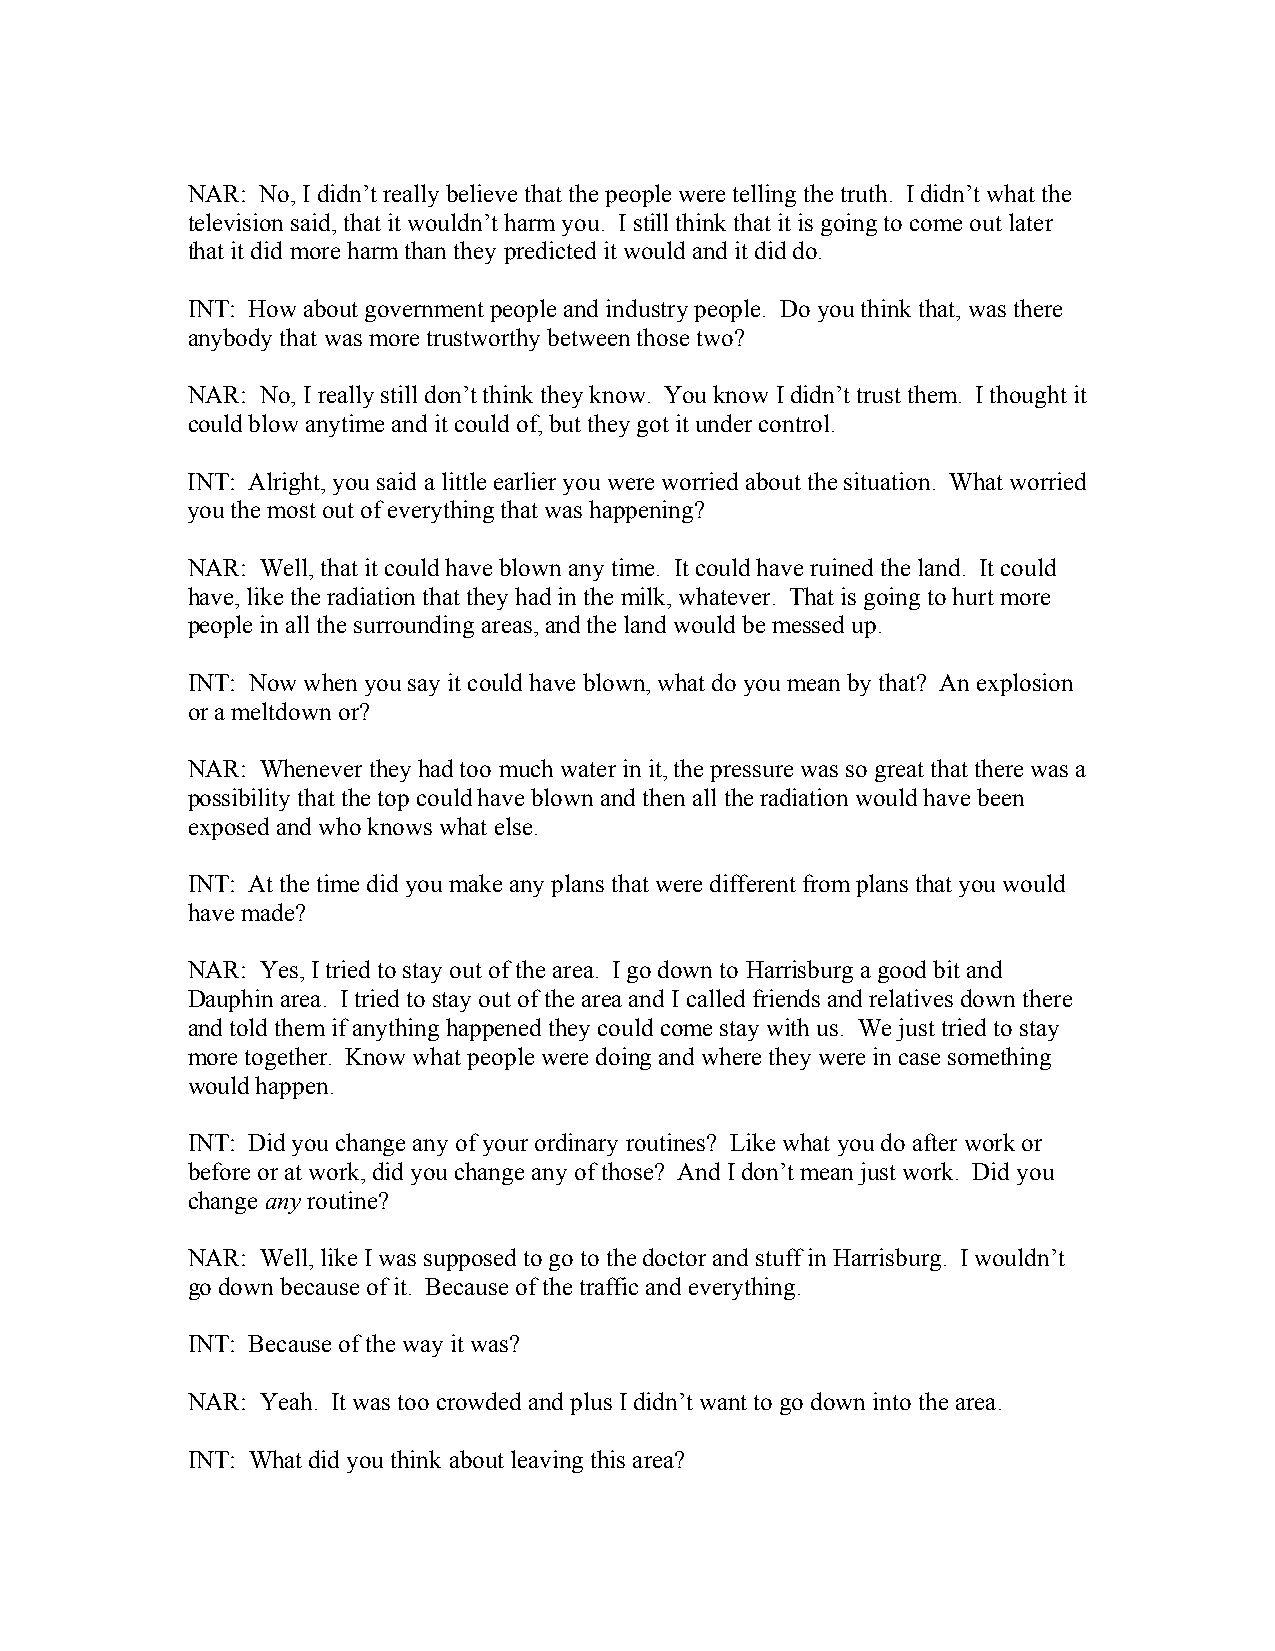
NAR: No, I didn’t really believe that the people were telling the truth. I didn’t what the
 television said, that it wouldn’t harm you. I still think that it is going to come out later
 that it did more harm than they predicted it would and it did do.
 INT: How about government people and industry people. Do you think that, was there
 anybody that was more trustworthy between those two?
 NAR: No, I really still don’t think they know. You know I didn’t trust them. I thought it
 could blow anytime and it could of, but they got it under control.
 INT: Alright, you said a little earlier you were worried about the situation. What worried
 you the most out of everything that was happening?
 NAR: Well, that it could have blown any time. It could have ruined the land. It could
 have, like the radiation that they had in the milk, whatever. That is going to hurt more
 people in all the surrounding areas, and the land would be messed up.
 INT: Now when you say it could have blown, what do you mean by that? An explosion
 or a meltdown or?
 NAR: Whenever they had too much water in it, the pressure was so great that there was a
 possibility that the top could have blown and then all the radiation would have been
 exposed and who knows what else.
 INT: At the time did you make any plans that were different from plans that you would
 have made?
 NAR: Yes, I tried to stay out of the area. I go down to Harrisburg a good bit and
 Dauphin area. I tried to stay out of the area and I called friends and relatives down there
 and told them if anything happened they could come stay with us. We just tried to stay
 more together. Know what people were doing and where they were in case something
 would happen.
 INT: Did you change any of your ordinary routines? Like what you do after work or
 before or at work, did you change any of those? And I don’t mean just work. Did you
 change any routine?
 NAR: Well, like I was supposed to go to the doctor and stuff in Harrisburg. I wouldn’t
 go down because of it. Because of the traffic and everything.
 INT: Because of the way it was?
 NAR: Yeah. It was too crowded and plus I didn’t want to go down into the area.
 INT: What did you think about leaving this area?